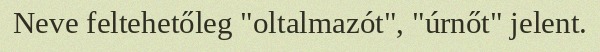
Neve feltehetőleg "oltalmazót", "úrnőt" jelent.